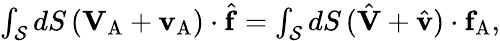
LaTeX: \begin{array}{r}{\int_{\mathcal{S}}dS\, (\mathbf{V}_{\mathrm{A}}+\mathbf{v}_{\mathrm{A}})\cdot\hat{\mathbf{f}}=\int_{\mathcal{S}}dS\, (\hat{\mathbf{V}}+\hat{\mathbf{v}})\cdot\mathbf{f}_{\mathrm{A}},}\end{array}